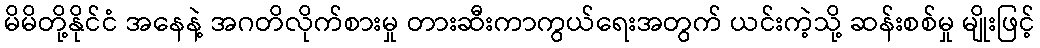
မိမိတို့နိုင်ငံ အနေနဲ့ အဂတိလိုက်စားမှု တားဆီးကာကွယ်ရေးအတွက် ယင်းကဲ့သို့ ဆန်းစစ်မှု မျိုးဖြင့်